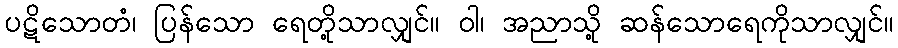
ပဋိသောတံ၊ ပြန်သော ရေတို့သာလျှင်။ ဝါ၊ အညာသို့ ဆန်သောရေကိုသာလျှင်။